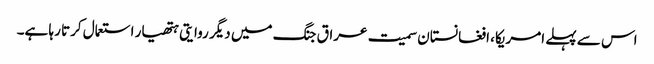
اس سے پہلے امریکا، افغانستان سمیت عراق جنگ میں دیگر روایتی ہتھیار استعمال کرتا رہا ہے۔